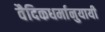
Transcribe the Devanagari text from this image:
वैदिकधर्मानुयायी